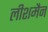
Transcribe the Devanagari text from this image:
लीशमैन